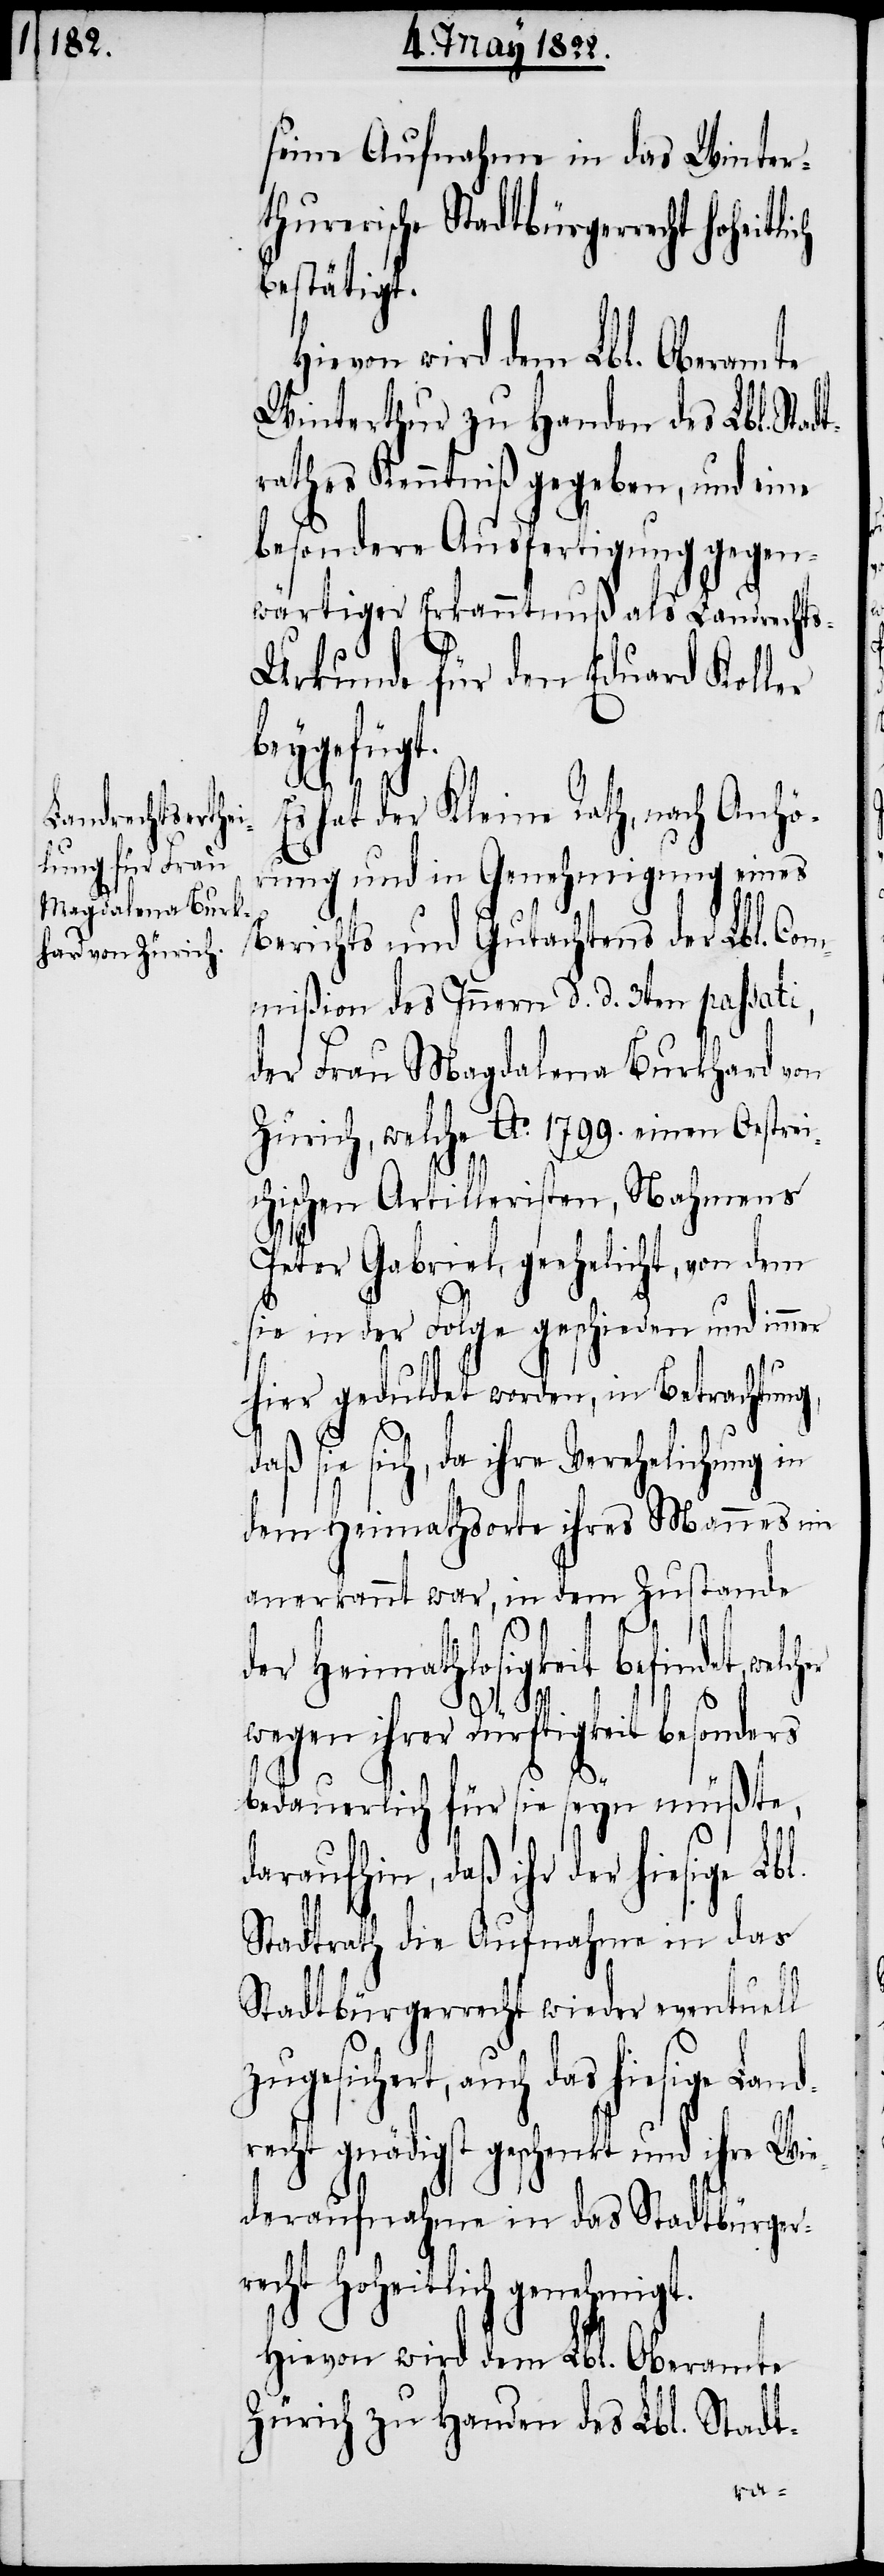
seine Aufnahme in das Winter¬
thurerische Stadtbürgerr¬
Winterthur zu Handen des Lbl. Stad¬
rathes Kenntniß gegeben, und eine
besondere Ausfertigung gegen¬
wärtiger Erkanntnuß als Landrecht¬
s-Urkunde für den Eduard Koller
hiesige
Es hat der Kleine Rath, nach Anhö¬
d¬
rung und in Genehmigung eines
Berichts und Gutachtens der Lbl. Com¬
mißion des Innern d. d. 3ten passati,
der Frau Magdalena Burkhard von
Zürich, welche Ao. 1799. einen Oestre¬
ichischen Artilleristen, Nahmens
Peter Gabriel, geehelicht, von dem
sie in der folge geschieden und inner
hier geduldet worden, in Betrachtun¬
aß sie sich, da ihre Verehelichung in
dem Heimathsorte ihres Mannes nie
anerkannt war, in dem Zustande
der Heimathlosigkeit befindet, welch¬
wegen ihrer Dürftigkeit besonders
bedauerlich für sie seyn müßte,
daraufhin, daß ihr der hiesige Lbl.
Stadtrath die Aufnahme in das
Stadtbürgerrecht wieder eventuell
zugesichert, auch das
echt gnädigst geschenkt und i¬
deraufnahme in das Stadtbürger¬
echt hoheitlich genehmigt.
Hievon wird dem Lbl. Oberamte
Zürich zu Handen des Lbl. Stadt-
r¬